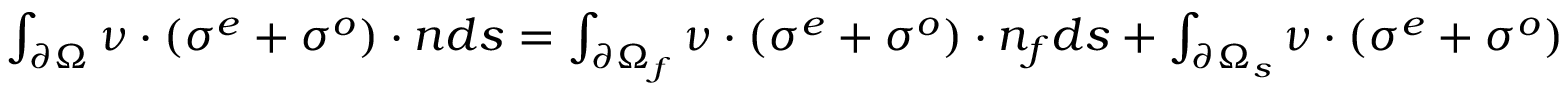
\begin{array} { r } { \int _ { \partial \Omega } \boldsymbol { \nu } \cdot ( \boldsymbol { \sigma ^ { e } } + \boldsymbol { \sigma ^ { o } } ) \cdot \boldsymbol { n } d s = \int _ { \partial \Omega _ { f } } \boldsymbol { \nu } \cdot ( \boldsymbol { \sigma ^ { e } } + \boldsymbol { \sigma ^ { o } } ) \cdot \boldsymbol { n _ { f } } d s + \int _ { \partial \Omega _ { s } } \boldsymbol { \nu } \cdot ( \boldsymbol { \sigma ^ { e } } + \boldsymbol { \sigma ^ { o } } ) \cdot \boldsymbol { n _ { s } } d s } \end{array}